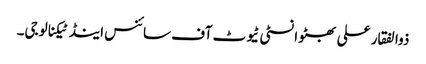
ذوالفقار علی بھٹو انسٹی ٹیوٹ آف سائنس اینڈ ٹیکنالوجی۔